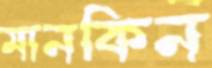
মানকিন